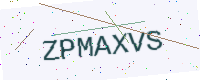
Text: ZPMAXVS